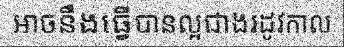
អាចនឹងធ្វើបានល្អជាងរដូវកាល